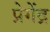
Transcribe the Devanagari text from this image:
प्रेगेंद्र